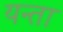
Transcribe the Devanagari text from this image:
यन्ता